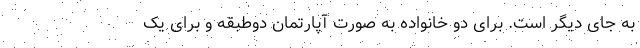
به جای دیگر است. برای دو خانواده به صورت آپارتمان دوطبقه و برای یک